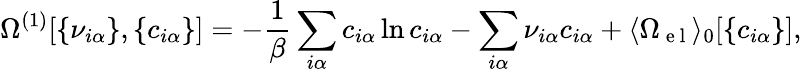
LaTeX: \Omega^{(1)}[\{ \nu_{i\alpha}\} ,\{ c_{i\alpha}\} ]=-\frac{1}{\beta}\sum_{i\alpha}c_{i\alpha}\ln c_{i\alpha}-\sum_{i\alpha}\nu_{i\alpha}c_{i\alpha}+\langle\Omega_{\mathrm{~e~l~}}\rangle_{0}[\{ c_{i\alpha}\} ],